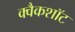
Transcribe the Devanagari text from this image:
क्वैकशॉट